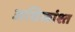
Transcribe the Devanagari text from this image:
अधिकांश्त